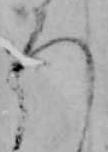
ろ